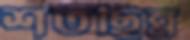
শতছিন্ন